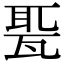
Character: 𤭗